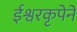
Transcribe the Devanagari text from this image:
ईश्वरकृपेने